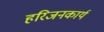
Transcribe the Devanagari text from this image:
हरिजनकार्य